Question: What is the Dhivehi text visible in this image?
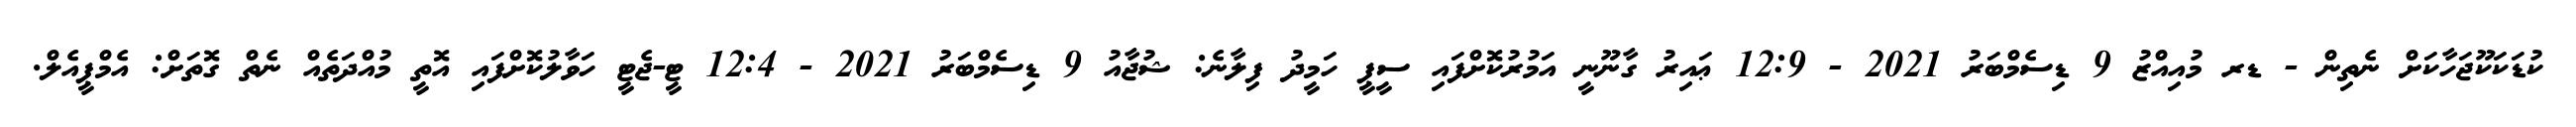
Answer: ކުޑަކަކޫޖަހާކަށް ނެތިން - ޑރ މުއިއްޒު 9 ޑިސެމްބަރު 2021 - 12:9 ޢައިރު ގާނޫނީ އަމުރުކޮށްފައި ސީޕީ ހަމީދު ފިލާނެ: ޝުޖާއު 9 ޑިސެމްބަރު 2021 - 12:4 ޓީ-ޖެޓީ ހަވާލުކޮށްފައި އޮތީ މުއްދަތެއް ނެތް ގޮތަށް: އެމްޕީއެލް.